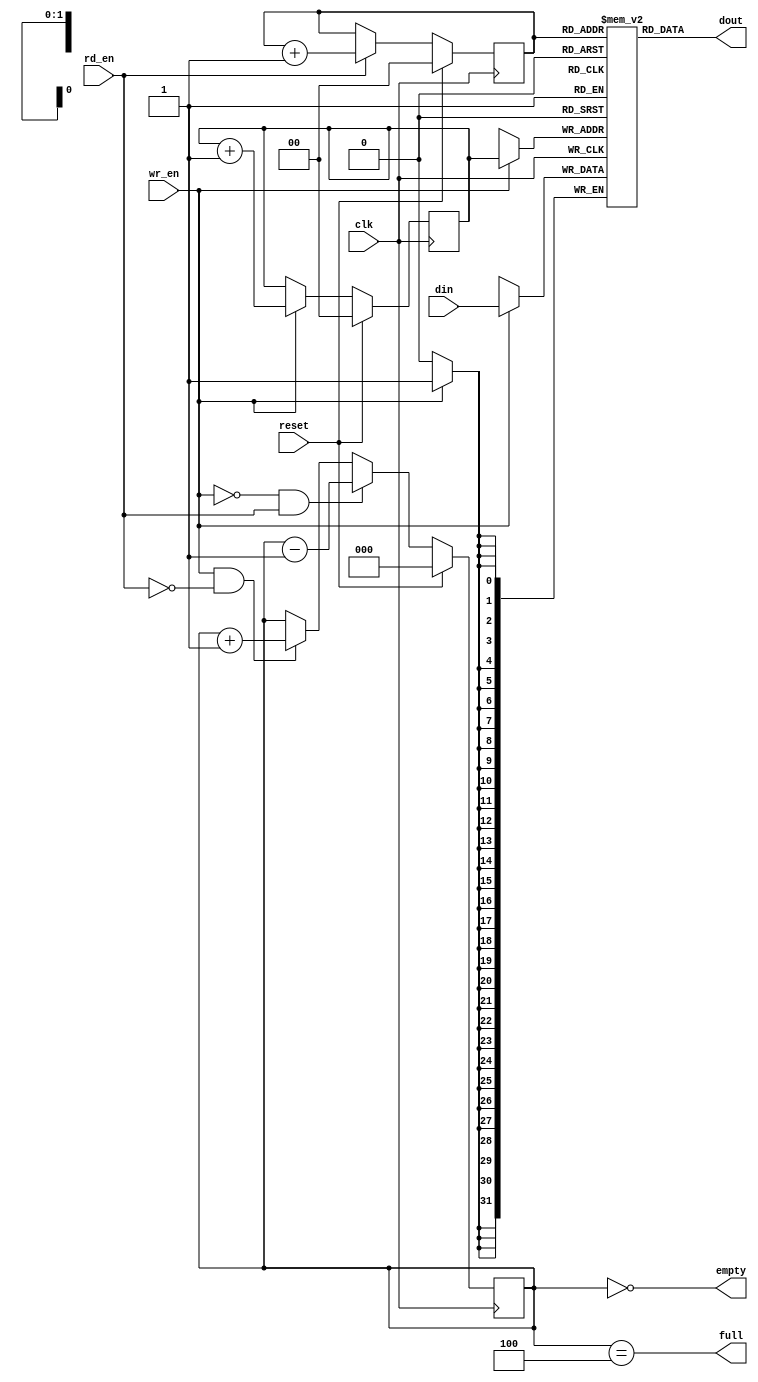
module fifo_4x32(
            // PCI Signals
            input [31:0]   din,     // Data in
            input          wr_en,   // Write enable

            input          rd_en,   // Read the next word 

            output [31:0]  dout,    // Data out
            output         full,
            output         empty,

            input          reset,
            input          clk
         );


parameter MAX_DEPTH_BITS   = 2;
parameter MAX_DEPTH        = 2 ** MAX_DEPTH_BITS;

reg [31:0] queue [MAX_DEPTH - 1 : 0];
reg [MAX_DEPTH_BITS - 1 : 0] rd_ptr;
reg [MAX_DEPTH_BITS - 1 : 0] wr_ptr;
reg [MAX_DEPTH_BITS - 1 + 1 : 0] depth;

// Sample the data
always @(posedge clk)
begin
   if (wr_en) 
      queue[wr_ptr] <= din;
end

always @(posedge clk)
begin
   if (reset) begin
      rd_ptr <= 'h0;
      wr_ptr <= 'h0;
      depth <= 'h0;
   end
   else begin
      if (wr_en) wr_ptr <= wr_ptr + 'h1;
      if (rd_en) rd_ptr <= rd_ptr + 'h1;
      if (wr_en & ~rd_en) depth <= depth + 'h1;
      if (~wr_en & rd_en) depth <= depth - 'h1;
   end
end

assign dout = queue[rd_ptr];
assign full = depth == MAX_DEPTH;
assign empty = depth == 'h0;

// synthesis translate_off
always @(posedge clk)
begin
   if (wr_en && depth == MAX_DEPTH && !rd_en)
      $display($time, " ERROR: Attempt to write to full FIFO: %m");
   if (rd_en && depth == 'h0)
      $display($time, " ERROR: Attempt to read an empty FIFO: %m");
end
// synthesis translate_on

endmodule